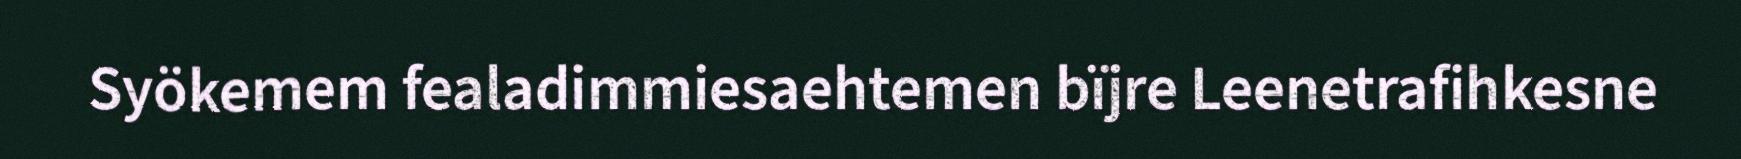
Syökemem fealadimmiesaehtemen bïjre Leenetrafihkesne